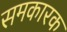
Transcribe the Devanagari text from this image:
समकारक